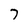
Character: 7